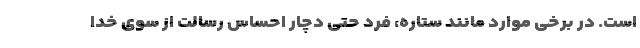
است. در برخی موارد مانند ستاره، فرد حتی دچار احساس رسالت از سوی خدا